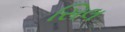
સિલ